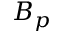
B _ { p }